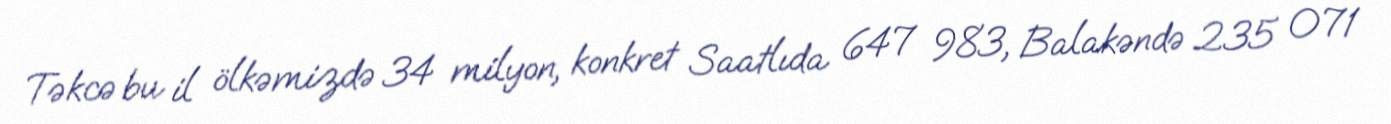
Təkcə bu il ölkəmizdə 34 milyon, konkret Saatlıda 647 983, Balakəndə 235 071